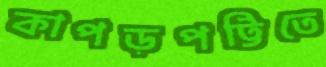
কাপড়পট্টিতে